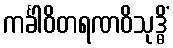
ကင်္ခါဝိတရဏဝိသုဒ္ဓိံ